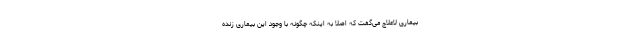
بیماری لاعلاج می‌گفت که اصلا به اینکه چگونه با وجود این بیماری زنده